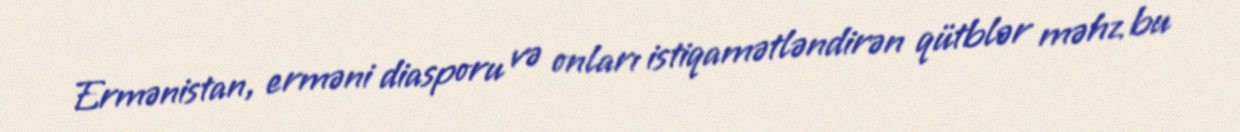
Ermənistan, erməni diasporu və onları istiqamətləndirən qütblər məhz bu